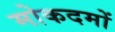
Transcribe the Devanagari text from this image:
मोकदमों